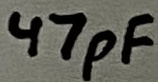
Text: 47pF